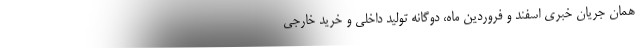
همان جریان خبریِ اسفند و فروردین ماه، دوگانه تولید داخلی و خرید خارجی